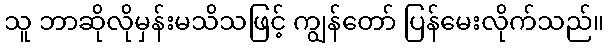
သူ ဘာဆိုလိုမှန်းမသိသဖြင့် ကျွန်တော် ပြန်မေးလိုက်သည်။